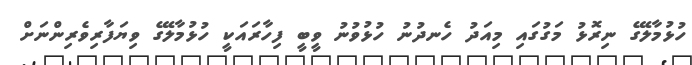
ހުޅުމާލޭގެ ނިރޮޅު މަގުގައި މިއަދު ހެނދުނު ހުޅުވުނު ވީބީ ފިހާރައަކީ ހުޅުމާލޭގެ ވިޔަފާރިވެރިންނަށް